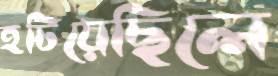
হটিয়েছিলে